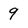
Character: 9